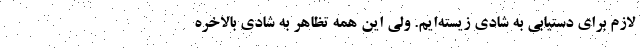
لازم برای دستیابی به شادی زیسته‌ایم. ولی این همه تظاهر به شادی بالاخره